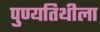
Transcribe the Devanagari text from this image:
पुण्यतिथीला